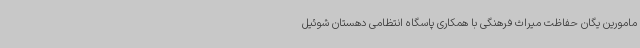
مامورین یگان حفاظت میراث فرهنگی با همکاری پاسگاه انتظامی دهستان شوئیل